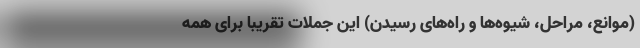
(موانع، مراحل، شیوه‌ها و راه‌های رسیدن) این جملات تقریبا برای همه